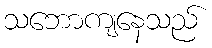
သဘောကျနေသည်